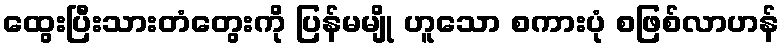
ထွေးပြီးသားတံတွေးကို ပြန်မမျို ဟူသော စကားပုံ စဖြစ်လာဟန်